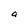
Character: a